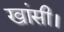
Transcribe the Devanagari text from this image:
खांसी।